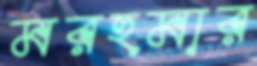
মরহুমার